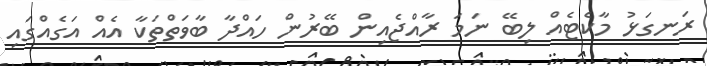
ރަނގަޅު މާކެޓެއް ލިބޭ ނަމަ ރާއްޖެއިން ބޭރުން ހައްދާ ބާވަތްތަކާ އެއް އަގެއްގައި